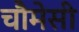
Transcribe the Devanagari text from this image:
चौमेसी